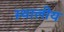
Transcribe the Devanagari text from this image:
स्थालीय